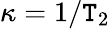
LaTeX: \kappa=1/\mathtt{T}_{2}